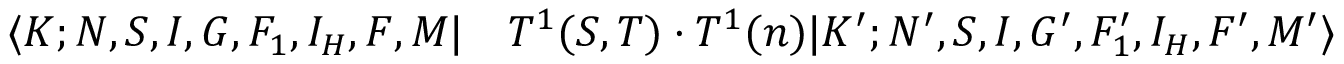
\begin{array} { r l } { \langle K ; N , S , I , G , F _ { 1 } , I _ { H } , F , M | } & { { } T ^ { 1 } ( S , T ) \cdot T ^ { 1 } ( n ) | K ^ { \prime } ; N ^ { \prime } , S , I , G ^ { \prime } , F _ { 1 } ^ { \prime } , I _ { H } , F ^ { \prime } , M ^ { \prime } \rangle } \end{array}